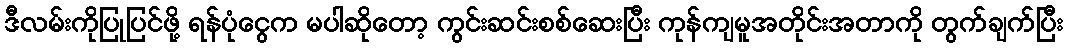
ဒီလမ်းကိုပြုပြင်ဖို့ ရန်ပုံငွေက မပါဆိုတော့ ကွင်းဆင်းစစ်ဆေးပြီး ကုန်ကျမူအတိုင်းအတာကို တွက်ချက်ပြီး